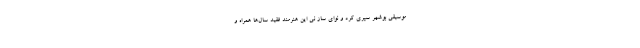
موسیقی بوشهر سپری کرد و نوای ساز نی این هنرمند فقید سال‌ها همراه و